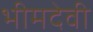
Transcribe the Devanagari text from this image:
भीमदेवी